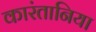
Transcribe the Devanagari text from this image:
कारंतानिया